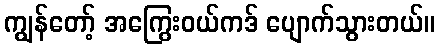
ကျွန်တော့် အကြွေးဝယ်ကဒ် ပျောက်သွားတယ်။